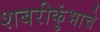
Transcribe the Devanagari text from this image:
शबरीकुंभाचे